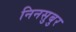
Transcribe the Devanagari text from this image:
निनसुबुर